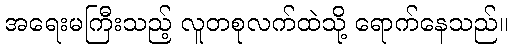
အရေးမကြီးသည့် လူတစုလက်ထဲသို့ ရောက်နေသည်။